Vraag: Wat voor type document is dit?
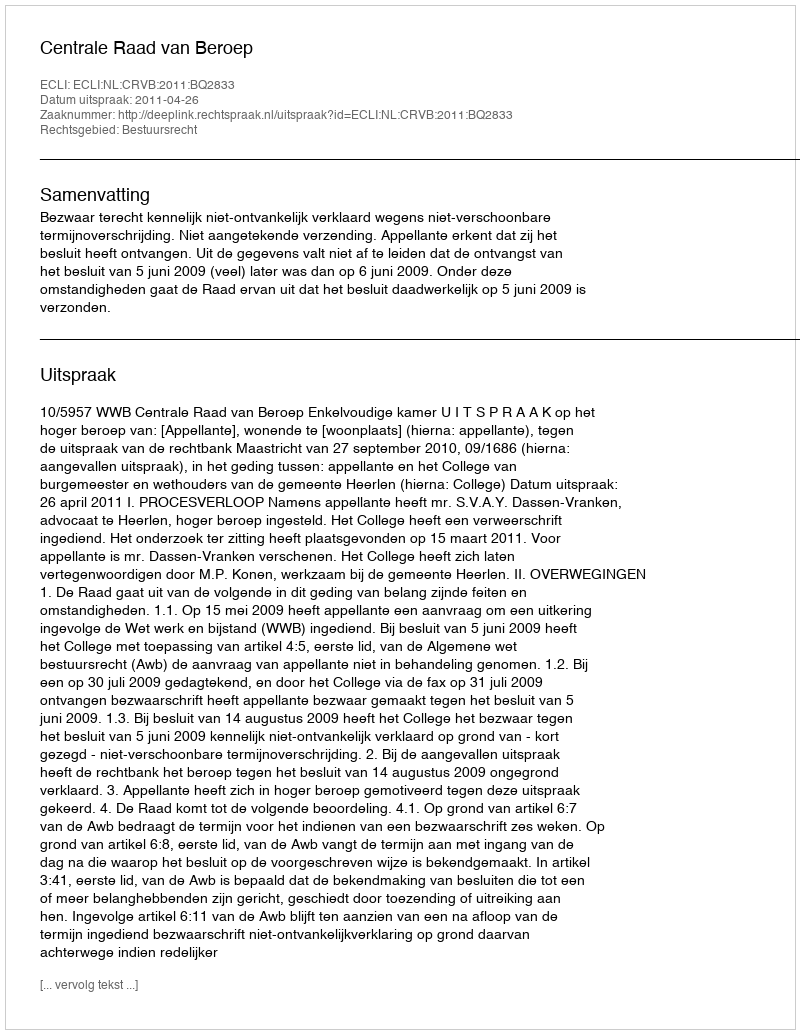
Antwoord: Uitspraak